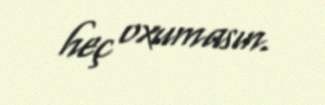
heç oxumasın.